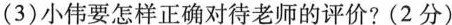
(3)小伟要怎样正确对待老师的评价?(2分)